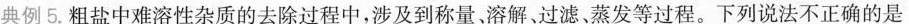
典例5. 粗盐中难溶性杂质的去除过程中，涉及到称量、溶解、过滤、蒸发等过程。下列说法不正确的是